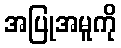
အပြုအမူကို